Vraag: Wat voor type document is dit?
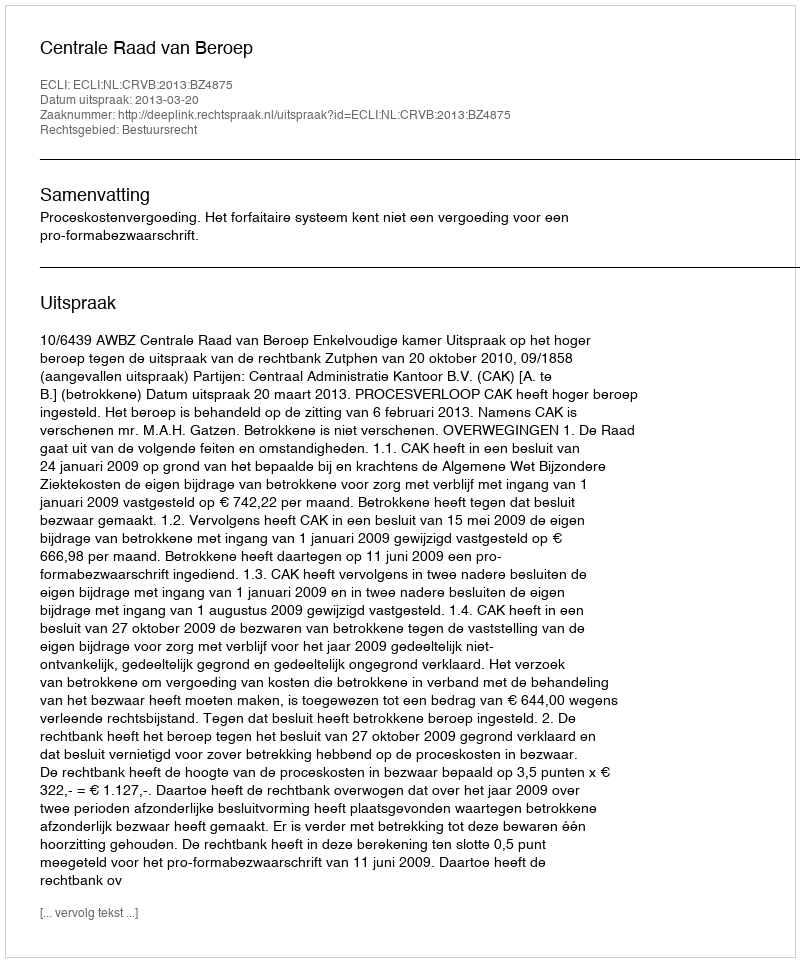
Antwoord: Uitspraak